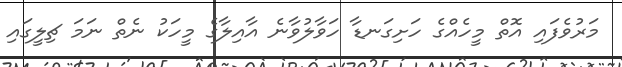
މަރުވެފައި އޮތް މީހެއްގެ ހަށިގަނޑާ ހަވާލުވާނެ އާއިލާގެ މީހަކު ނެތް ނަމަ ޗިލީގައި